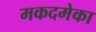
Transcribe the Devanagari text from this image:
मकदमेका